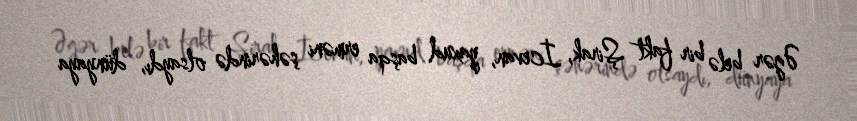
Əgər belə bir fakt Şirak, İcevan, yaxud başqa erməni şəhərində olsaydı, dünyaya